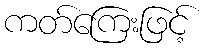
ကတ်ကြေးဖြင့်